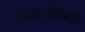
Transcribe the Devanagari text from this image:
जिओकॅमेस्ट्री